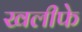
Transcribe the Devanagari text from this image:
खलीफे